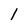
Character: l